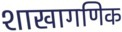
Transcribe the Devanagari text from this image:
शाखागणिक